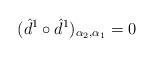
LaTeX: \begin{align*}(\hat d^1\circ \hat d^1)_{\alpha_2,\alpha_1}= 0\end{align*}